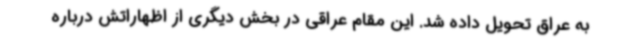
به عراق تحویل داده شد. این مقام عراقی در بخش دیگری از اظهاراتش درباره